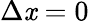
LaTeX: \Delta\mathit{x}=0